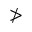
\ngtr